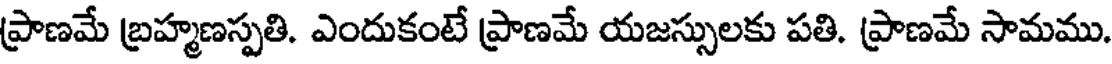
ప్రాణమే బ్రహ్మణస్పతి. ఎందుకంటే ప్రాణమే యజస్సులకు పతి. ప్రాణమే సామము.